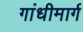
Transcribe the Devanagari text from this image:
गांधीमार्ग